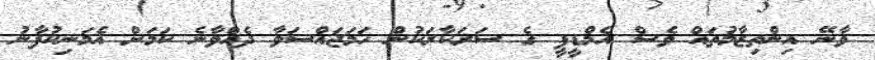
ވާނޭ އިންތިޒާމުތައް ވެސް އެމްޑީޕީ ގެ ސަރަކާރަކުން ހަމަޖައްސަވާ ދެއްވާނެ ކަމަށް އެމަނިކުފާނު